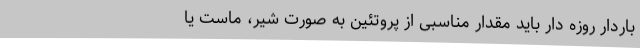
باردار روزه دار باید مقدار مناسبی از پروتئین به صورت شیر، ماست یا